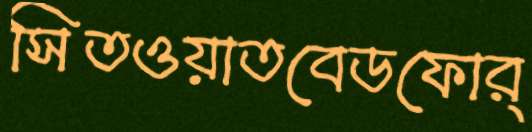
সিতওয়াতবেডফোর্